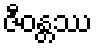
ဇီဝန္တဿ